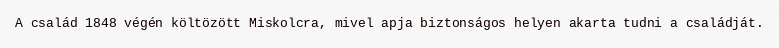
A család 1848 végén költözött Miskolcra, mivel apja biztonságos helyen akarta tudni a családját.